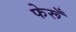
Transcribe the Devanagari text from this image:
फेरूँ